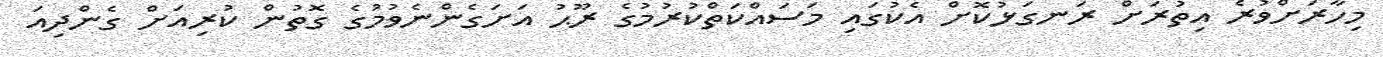
މިހާރަށްވުރެ އިތުރަށް ރަނގަޅުކޮށް އެކުގައި މަސައްކަތްކުރުމުގެ ރޫޙު އަށަގެންނެވުމުގެ ގޮތުން ކުރިއަށް ގެންދިއަ